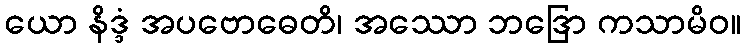
ယော နိဒ္ဒံ အပဗောဓေတိ၊ အဿော ဘဒြော ကသာမိဝ။